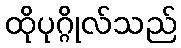
ထိုပုဂ္ဂိုလ်သည်